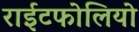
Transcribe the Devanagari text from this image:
राईटफोलियो